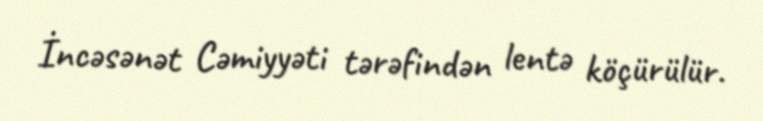
İncəsənət Cəmiyyəti tərəfindən lentə köçürülür.